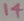
Text: 14